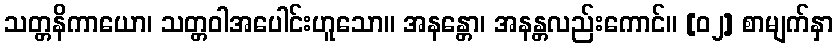
သတ္တနိကာယော၊ သတ္တဝါအပေါင်းဟူသော။ အနန္တော၊ အနန္တလည်းကောင်။ [၀၂] စာမျက်နှာ